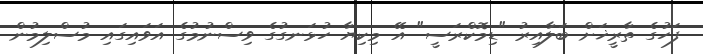
ފަހުގެ ތާރީޚަށް ބަލާއިރު "ޑިމޮކްރަސީ" އޭ މިކިޔާ ހުޅަނގުގެ ވިސްނުމުގެ އަވައިގައި މުސްލިމުން